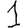
Digit: 1